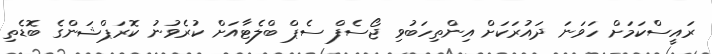
ރައީސްކަމަށް ހަވަނަ ދައުރަކަށް އިންތިހަބުވި ޖޯސެފް ސެޕް ބްލެޓާއަށް ކުރެވުނު ކޮރަޕްޝަންގެ ބޮޑެތި